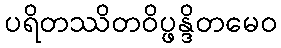
ပရိတဿိတဝိပ္ဖန္ဒိတမေဝ